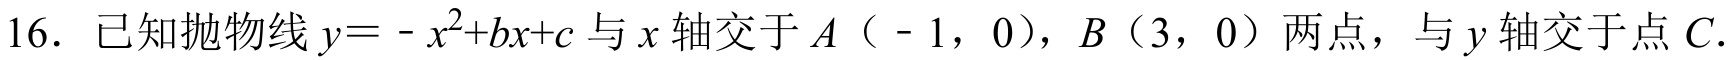
16. 已知抛物线\(y = -x^{2}+bx + c\)与\(x\)轴交于\(A(-1,0)\)，\(B(3,0)\)两点，与\(y\)轴交于点\(C\).